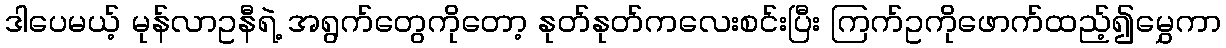
ဒါပေမယ့် မုန်လာဥနီရဲ့ အရွက်တွေကိုတော့ နုတ်နုတ်ကလေးစင်းပြီး ကြက်ဥကိုဖောက်ထည့်၍မွှေကာ